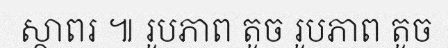
ស្ថាពរ ៕ រូបភាព តូច រូបភាព តូច